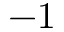
- 1